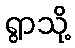
ရွာသို့